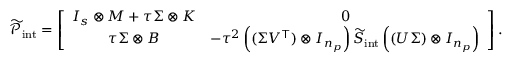
\widetilde { \mathcal { P } } _ { \mathrm { i n t } } = \left[ \begin{array} { c c } { I _ { s } \otimes M + \tau \Sigma \otimes K } & { 0 } \\ { \tau \Sigma \otimes B } & { - \tau ^ { 2 } \left( ( \Sigma V ^ { \top } ) \otimes I _ { n _ { p } } \right) \widetilde { S } _ { \mathrm { i n t } } \left( ( U \Sigma ) \otimes I _ { n _ { p } } \right) } \end{array} \right] .